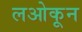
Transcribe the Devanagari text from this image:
लओकून